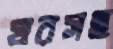
ঘরসহ